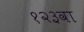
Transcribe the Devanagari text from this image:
१२३वा